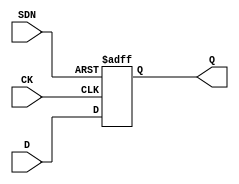
// This program was cloned from: https://github.com/intel/aib-phy-hardware
// License: Apache License 2.0

// SPDX-License-Identifier: Apache-2.0
// Copyright (C) 2019 Intel Corporation. All rights reserved
module aibcr3_ulvt16_dffsdn_cust ( 
	input wire CK,
	input wire SDN,
	input wire D,
	output reg Q
);

always@(posedge CK or negedge SDN) begin
	if (!SDN) begin
		Q <= 1'b1;
	end
	else begin
		Q <= D;
	end
end
endmodule